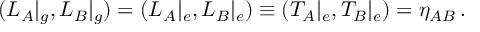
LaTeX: ( L _ { A } | _ { g } , L _ { B } | _ { g } ) = ( L _ { A } | _ { e } , L _ { B } | _ { e } ) \equiv ( T _ { A } | _ { e } , T _ { B } | _ { e } ) = \eta _ { A B } \, .